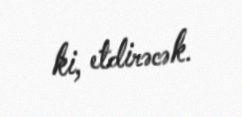
ki, etdirəcək.